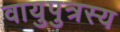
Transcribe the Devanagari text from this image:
वायुपुत्रस्य